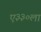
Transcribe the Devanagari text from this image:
ए३३०ला